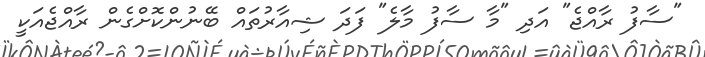
"ސާފު ރާއްޖެ" އަދި "މާ ސާފު މާލެ" ފަދަ ޝިއާރުތައް ބޭނުންކޮށްގެން ރާއްޖެއަކީ